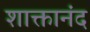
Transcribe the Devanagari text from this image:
शाक्तानंद